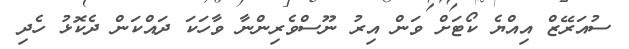
ސުއަރޭޒް އިއްޔެ ކޯޓަށް ވަން އިރު ނޫސްވެރިންނާ ވާހަކަ ދައްކަން ދެކޮޅު ހެދި